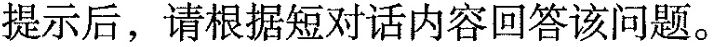
提示后,请根据短对话内容回答该问题。